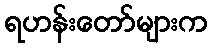
ရဟန်းတော်များက